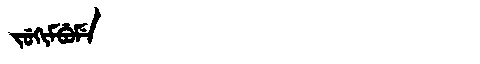
Manchu: ᠵᡠᡴᡳᠮᠪᡠᠮᡝ
Romanization: JUKIMBUME